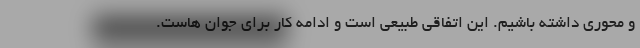
و محوری داشته باشیم. این اتفاقی طبیعی است و ادامه کار برای جوان هاست.